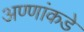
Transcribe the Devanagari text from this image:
अण्णांकडे